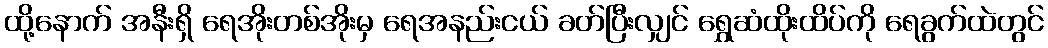
ထို့နောက် အနီးရှိ ရေအိုးတစ်အိုးမှ ရေအနည်းငယ် ခတ်ပြီးလျှင် ရွှေဆံထိုးထိပ်ကို ရေခွက်ထဲတွင်